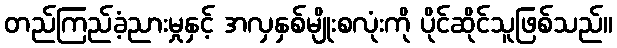
တည်ကြည်ခံ့ညားမှုနှင့် အလှနှစ်မျိုးစလုံးကို ပိုင်ဆိုင်သူဖြစ်သည်။